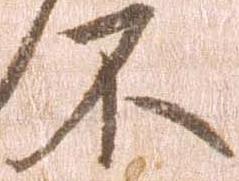
不